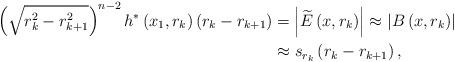
LaTeX: \begin{align*}\left( \sqrt{r_{k}^{2}-r_{k+1}^{2}}\right) ^{n-2}h^{\ast }\left(x_{1},r_{k}\right) \left( r_{k}-r_{k+1}\right) &=\left\vert \widetilde{E}\left( x,r_{k}\right) \right\vert \approx \left\vert B\left( x,r_{k}\right)\right\vert \\&\approx s_{r_{k}}\left( r_{k}-r_{k+1}\right) ,\end{align*}